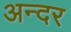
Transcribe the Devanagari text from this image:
अन्दर